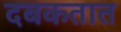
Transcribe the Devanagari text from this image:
दबकतात